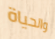
والحياة